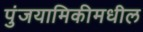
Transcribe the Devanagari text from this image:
पुंजयामिकीमधील